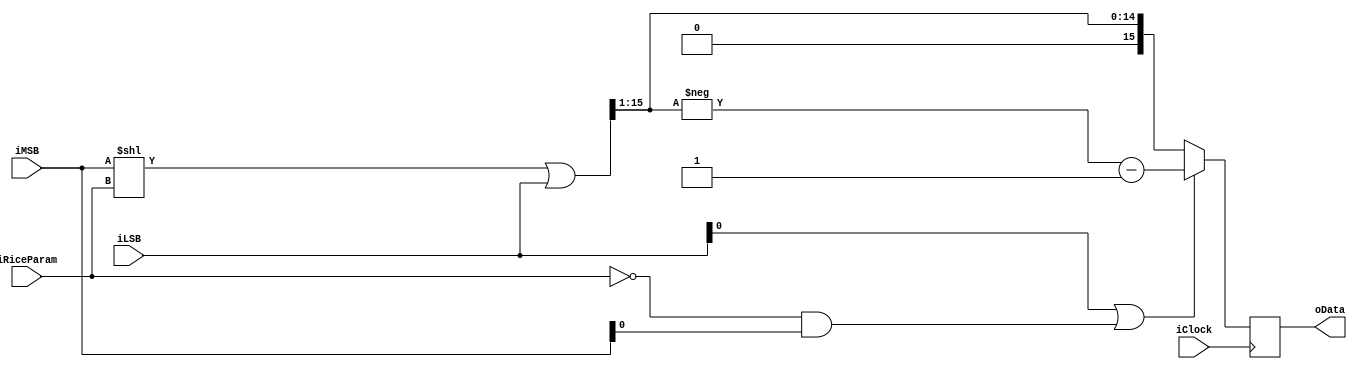
/*
 * FMax: 202 MHz (when registered)
 */

module RiceDecoder(input iClock, 
						 input [15:0] iMSB, 
						 input [15:0] iLSB, 
						 input [3:0] iRiceParam, 
						 output signed [15:0] oData);

reg signed [15:0] data;
assign oData = data;

always @(posedge iClock)
begin
    if (iLSB[0] || (iRiceParam == 0 && iMSB[0]))
		data <= -(((iMSB << iRiceParam) | iLSB) >> 1'b1) - 1'b1;
	else
		data <= ((iMSB << iRiceParam) | iLSB) >> 1'b1;
end
endmodule 

/*
reg [15:0] l, m;
reg [3:0] rp;
reg signed [15:0] data;
assign oData = data;

always @(posedge iClock)
begin
    l <= iLSB;
    m <= iMSB;
    rp <= iRiceParam;
    
    if (l[0] || (rp == 0 && m[0]))
        data <= -(((m << rp) | l) >> 1'b1) - 1'b1;
    else
        data <= ((m << rp) | l) >> 1'b1;
end
endmodule */